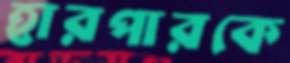
হারপারকে